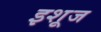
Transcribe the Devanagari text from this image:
इशूज